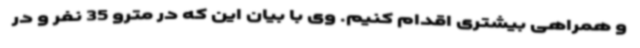
و همراهی بیشتری اقدام کنیم. وی با بیان این که در مترو 35 نفر و در